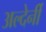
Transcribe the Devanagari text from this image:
अल्देर्नी